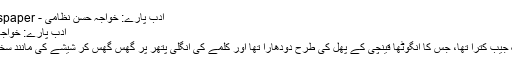
ادب پارے: خواجہ حسن نظامی - jang newspaper
ادب پارے: خواجہ حسن نظامی
دہلی میں ایک جیب کترا تھا، جس کا انگوٹھا قینچی کے پھل کی طرح دودھارا تھا اور کلمے کی انگلی پتھر پر گھس گھس کر شیشے کی مانند سخت کرلی تھی۔